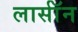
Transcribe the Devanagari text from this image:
लार्सॉन